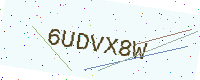
Text: 6UDVX8W